Papers set at the Examination for Leaving Certificates, 1892
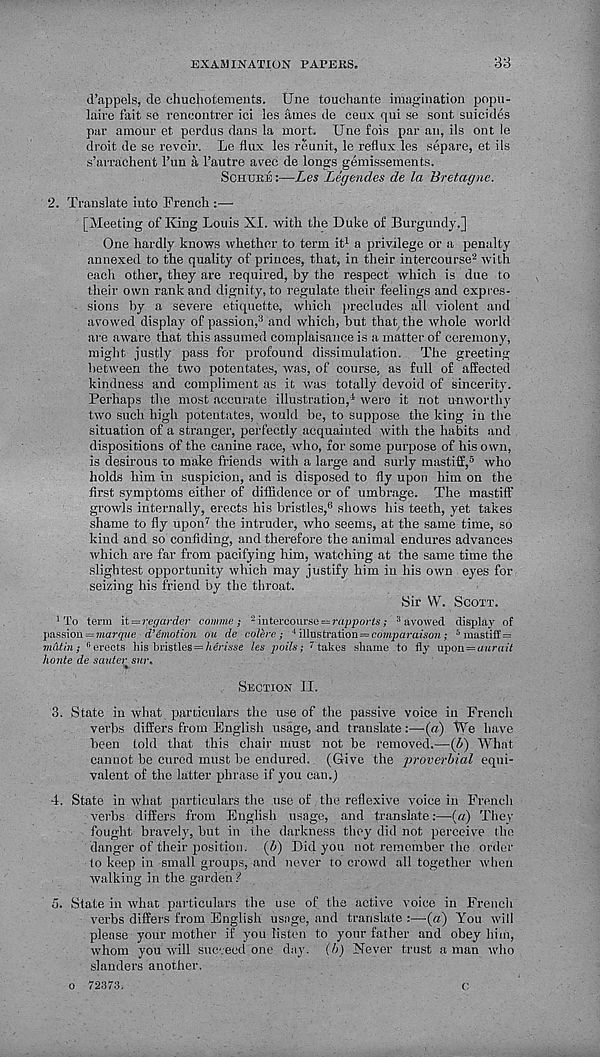
EXAMINATION PAPEKS.
33
d’appels, cle ehuchotements. Une touchante imagination popu-
laire fait se renoontrer ici les ames de eeux qui se sont suicides
par amour et perdus dans la mort. Une fois par an, ils ont le
droit de se revoir. Le flux les reunit, le reflux les separe, et ils
s’arrachent 1’un a 1’autre avec de longs gemissements.
Schube :—Les Legendes de la Bretagne.
2. Translate into Frencli:—
[Meeting of King Louis XI. with the Duke of Burgundy.]
One hardly knows whether to term it 1 a privilege or a penalty
annexed to the quality of princes, that, in their intercourse 2 with
each other, they are required, by the respect which is due to
their own rank and dignity, to regulate their feelings and expres-
sions by a severe etiquette, which precludes all violent and
avowed display of passion, 3 and which, but that the whole world
are aware that this assumed complaisance is a matter of ceremony,
might justly pass for profound dissimulation. The greeting
between the two potentates, was, of course, as full of affected
kindness and compliment as it was totally devoid of sincerity.
Perhaps the most accurate illustration, 4 were it not unworthy
two such high potentates, would be, to suppose the king in the
situation of a stranger, perfectly acquainted with the habits and
dispositions of the canine race, who, for some purpose of his own,
is desirous to make friends with a large and surly mastiff, 5 who
holds him in suspicion, and is disposed to fly upon him on the
first symptoms either of diffidence or of umbrage. The mastiff
growls internally, erects his bristles, 6 shows his teeth, yet takes
shame to fly upon 7 the intruder, who seems, at the same time, so
kind and so confiding, and therefore the animal endures advances
which are far from pacifying him, watching at the same time the
slightest opportunity which may justify him in his own eyes for
seizing his friend by the throat.
Sir W. Scott.
'To term it = rer/arder comme; 2 intercourse — rapports; 3 avowed display of
passion=marque d’emotion ou de colere; 4 illustration — comparaison; 5 mastitf =
mcUin; 0 erects his bristles =/terme les polls; 7 takes shame to fly upon = a«r«it
honte de saute;- snr.
Section II.
3. State in what particulars the use of the passive voice in French
verbs differs from English usage, and translate:—(a) We have
been told that this chair must not be removed.—(Z>) What
cannot be cured must be endured. (Give the proverbial equi-
valent of the latter phrase if you can.)
4. State in what particulars the use of the reflexive voice in French
verbs differs from English usage, and translate:—(«) They
fought bravely, but in the darkness they did not perceive the
danger of their position, (f;) Did you not remember the order
to keep in small groups, and never to crowd all together when
walking in the garden?
5. State in what particulars the use of the active voice in French
verbs differs from English usage, and translate :—(a) You will
please your mother if you listen to your father and obey him,
whom you will succeed one day. (/>) Never trust a man who
slanders another.
o 72373.
c